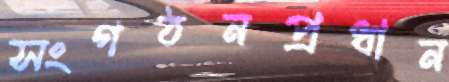
সংগঠনপ্রধান